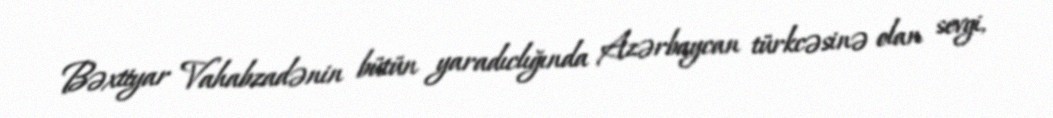
Bəxtiyar Vahabzadənin bütün yaradıclığında Azərbaycan türkcəsinə olan sevgi,